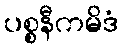
ပစ္စနီကမိဒံ